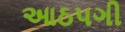
આઠપગી